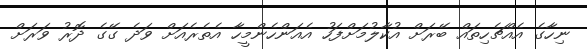
ނިހާގެ އެއްޗެހިތައް ބޭރަށް އުކާލުމަށްފަހު އެއަންހެންމީހާ އެތެރެއަށް ވަދެ ގޭގެ ދޮރު ވަރަަށް